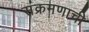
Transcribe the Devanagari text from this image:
संक्रमणाची